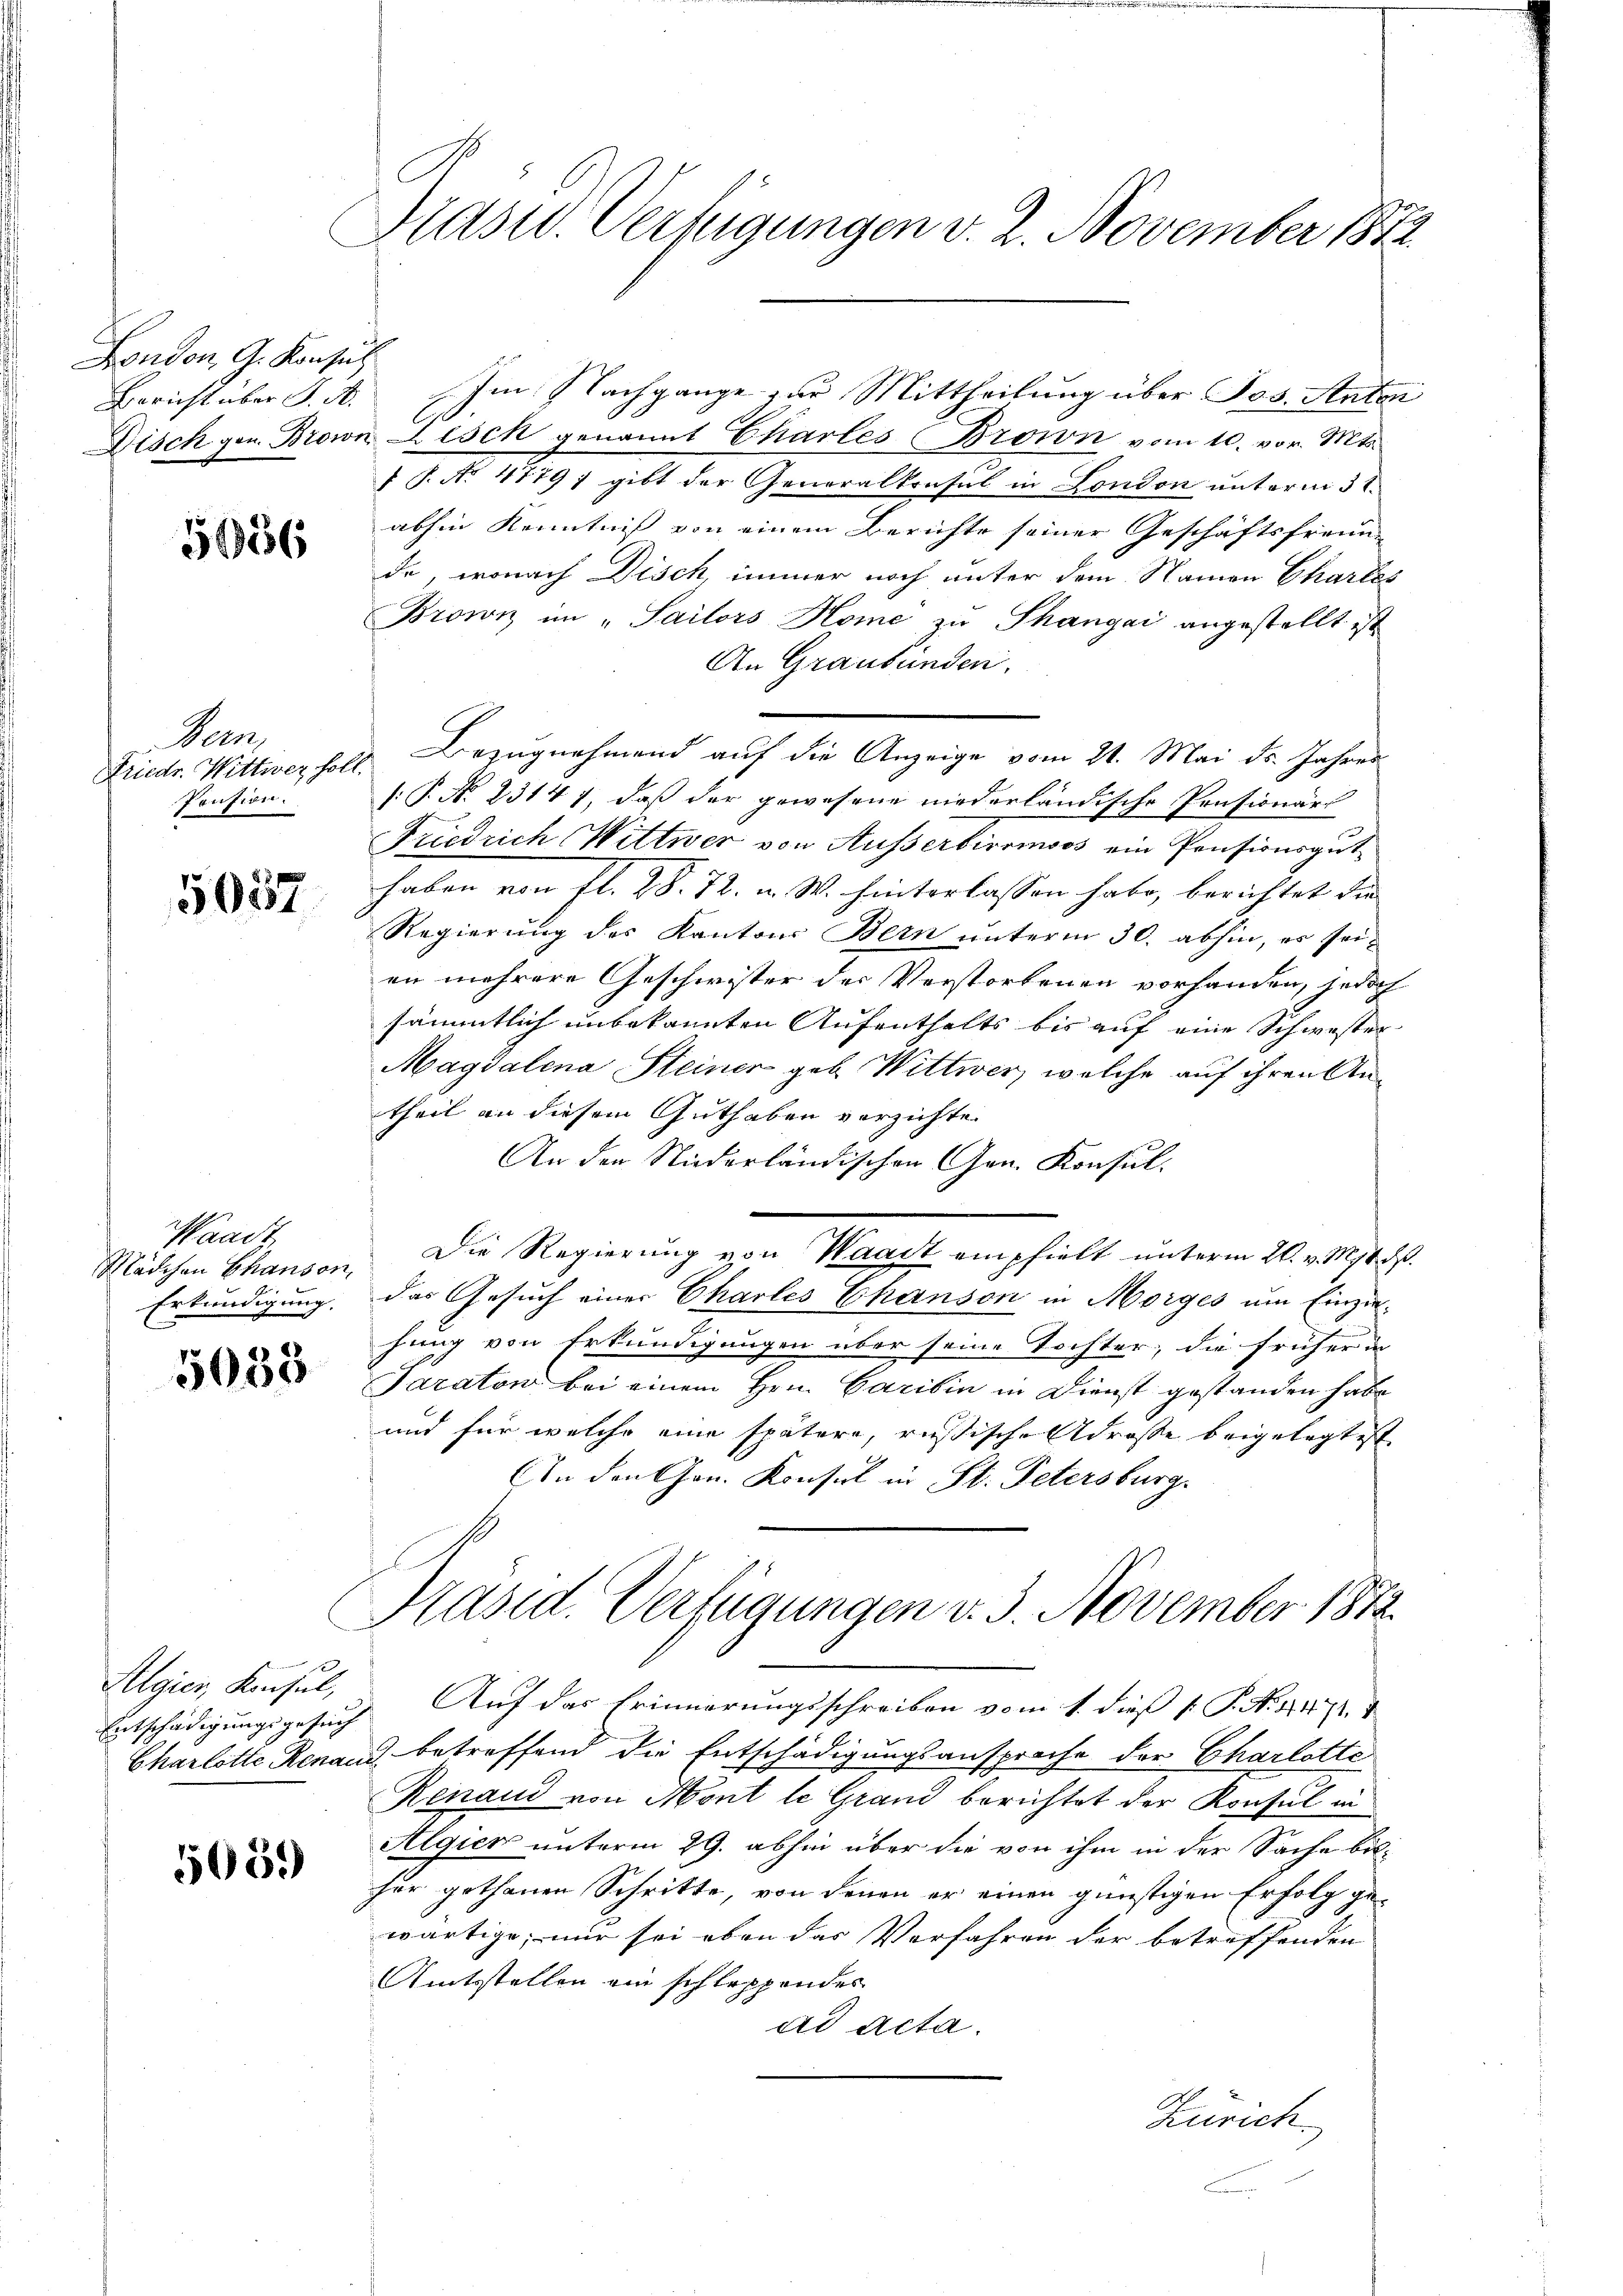
Fondon, G. Konsul
Bericht über J. H.

5686

Denz
Friedr. Wittwer soll.
Prusion.

5057.

Waadt,
Mädchen Chanson,
Erkundigung.

5033

Algier, Konsul,
Entschädigungsgesuch

5059

Präsid. Verfügungen v. 2. November 1842

Im Nachgange zur Mittheilung über Jos. Anton

Bezugnahmend auf die Anzeige vom 21. Mai ds. Jahres

Disch gen. Brown Aesch genannt Chartes Brown vom 10. vor. Mts.
 P. Nr. 4779) gibt der Generalkonsul in London unterm 3t
abhin Kenntniß von einem Berichte seiner Geschäftsfreude
de, wonach Disch, immer noch unter dem Namen Chartes
Brown im „Sailors Home zu Thangai angestellt ist
An Graubünden.
s: P. N. 23147, daß der gewesene niederländische Pensionärs
Friedrich Wittwer von Ausserbiromoos ein Pensionsgut
haben von fl. 28. 72. u. W. hinterlassen habe, berichtet die
Regierung des Kantons Bern unterm 30. abhin, es seien mehrere Geschwister der Verstorbenen vorhanden, jedoch
sämmtlich unbekannten Aufenthalts bis auf eine Schwester
Magdalena Steiner geb. Wittwer, welche auf ihren Antheil an diesem Guthaben verzichte
An den Niederländischen Gen. Konsul-
Die Regierung von Waadt empfielt unterm 20. v. Ms. dß.
das Gesuch einer Charles Chanson in Morges um Einzie-
hung von Erkundigungen über seine Tochter; die früher in
Taraton bei einem Hrn. Caribin in Dienst gestanden habe
und für welche eine spätere, russische Adrosse beigelegtest
An den Gen. Konsul in St. Petersburg,
Kasid. Verfügungen v. 3. November 1872.
5. Auf das Erinnerungsschreiben vom 1. dieß P. N. 4471.
Charlotte Renau betreffend die Entschädigungsansprache der Charlotte
Renaud von Mont le Grand berichtet der Konsul in
Algier unterm 29. abhin über die von ihm in der Sache bisfür gethanen Schritte, von denen er einen günstigen Erfolg gewärtige, nur sei eben das Verfahren der betreffenden
Amtstellen ein schleppendes
ad acta.
Zürich.